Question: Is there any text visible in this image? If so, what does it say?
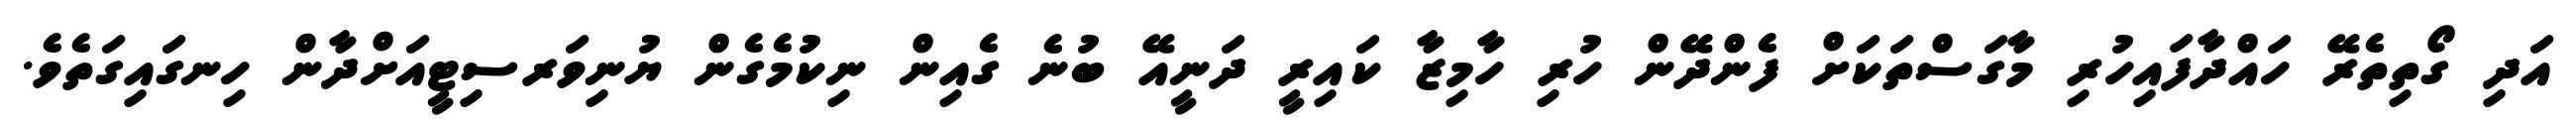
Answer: އަދި ގޯތިތެރޭ ހައްދާފައިހުރި މާގަސްތަކަށް ފެންދޭން ހުރި ހާމިޒާ ކައިރީ ދަނީއޭ ބުނެ ގެއިން ނިކުމެގެން ޔުނިވަރސިޓީއަށްދާން ހިނގައިގަތެވެ.